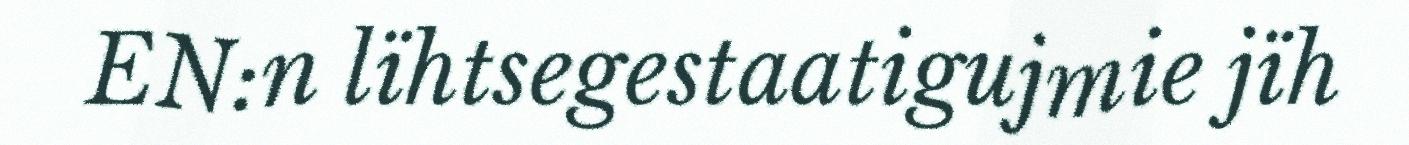
EN:n lïhtsegestaatigujmie jïh